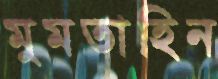
মুমতাহিন